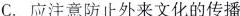
C.应注意防止外来文化的传播